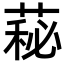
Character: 𦷬